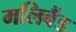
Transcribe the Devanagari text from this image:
मलिबैंड